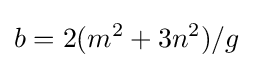
b=2(m^{2}+3n^{2})/g